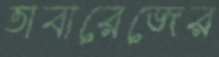
তাবারেজের